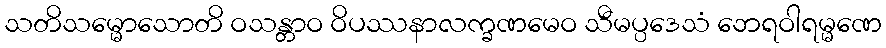
သတိသမ္မောသောတိ ဝသန္တာဝ ဝိပဿနာလက္ခဏမေဝ သီမပ္ပဒေသံ ဘေရဝါရမ္မဏေ